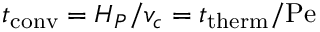
t _ { \mathrm { c o n v } } = H _ { P } / v _ { c } = t _ { \mathrm { t h e r m } } / \mathrm { P e }